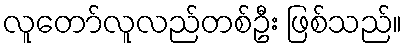
လူတော်လူလည်တစ်ဦး ဖြစ်သည်။